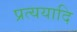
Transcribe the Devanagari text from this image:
प्रत्ययादि